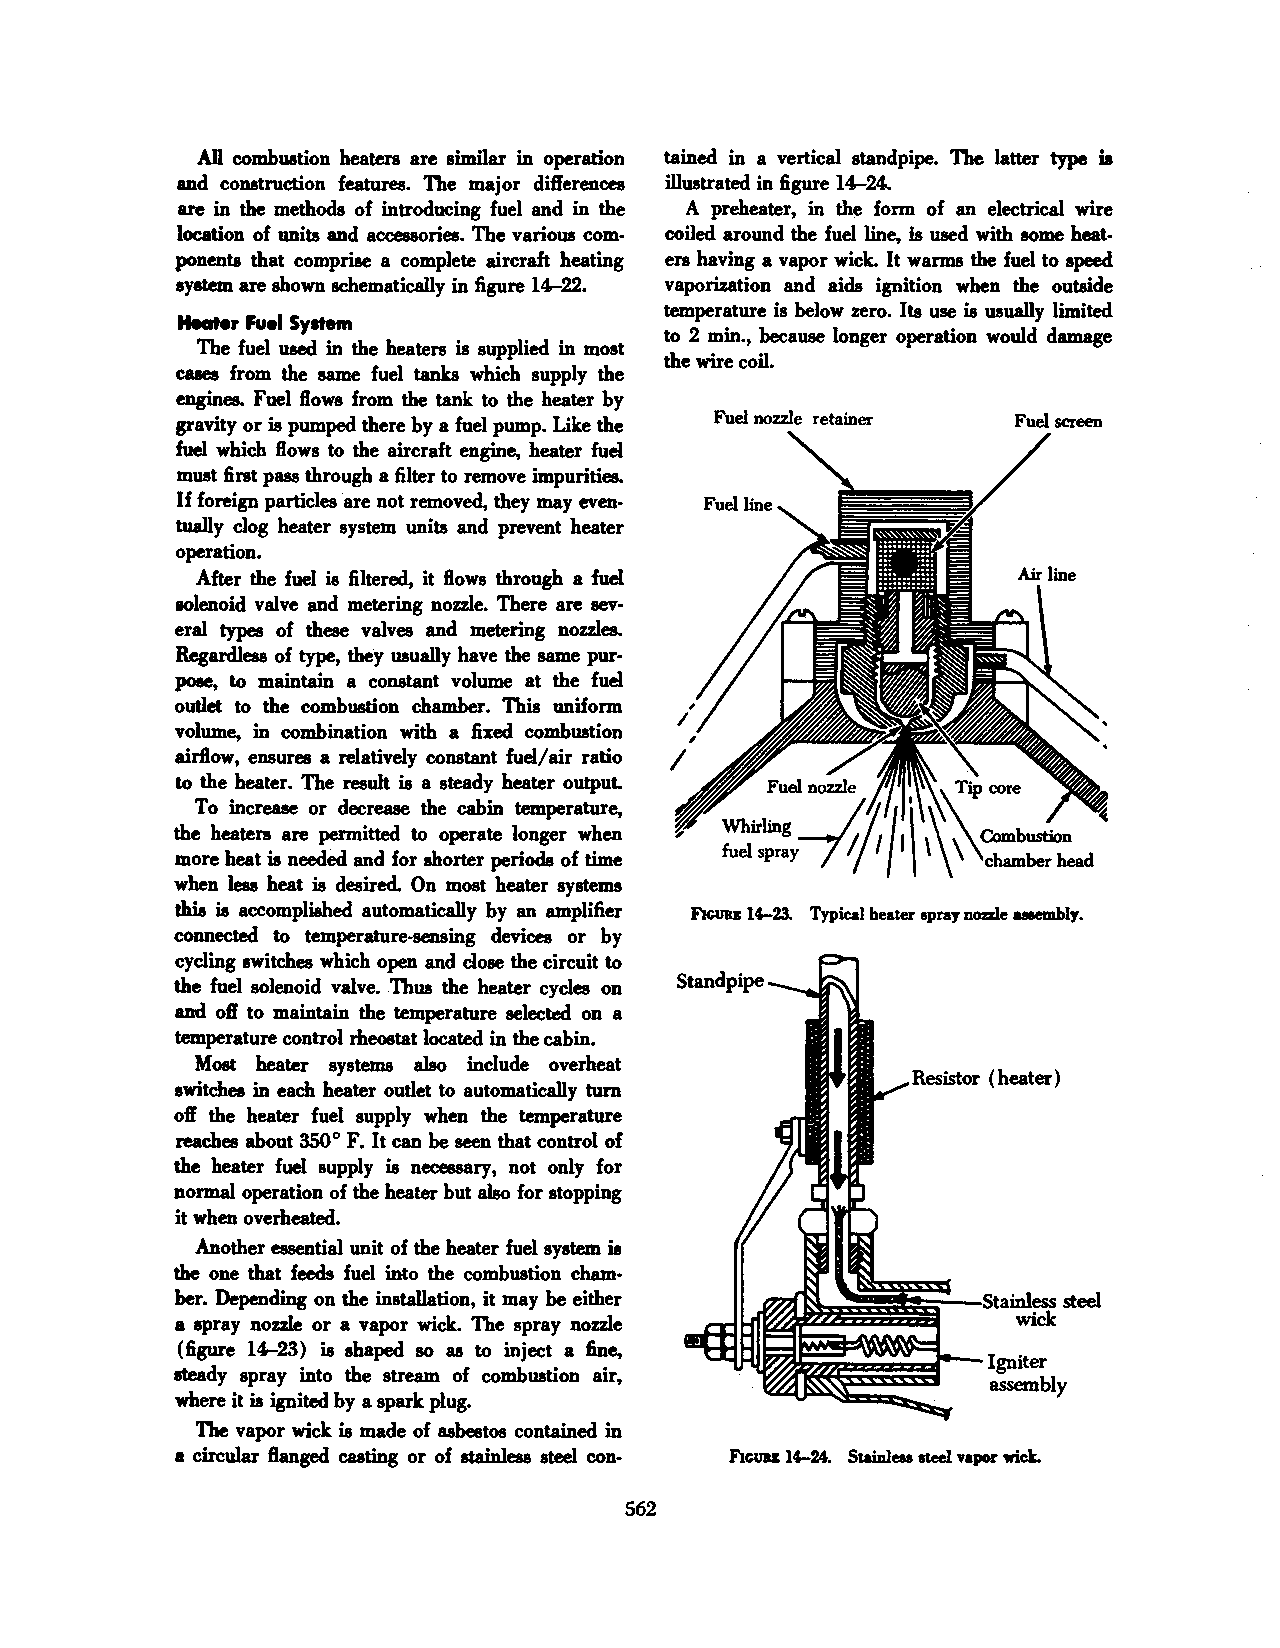
All combustion heaters are similar in operation tained in a vertical standpipe. The latter type is
 and construction features. The major differences illustrated in figure 14-24.
 are in the methods of introducing fuel and in the A preheater, in the form of an electrical wire
 location of units and accessories. The various com coiled around the fuel line, is used with some heat
 ponents that comprise a complete aircraft heating ers having a vapor wick. It warms the fuel to speed
 syatem are shown schematically in figure 14-22. vaporization and aids ignition when the outside
 temperature is below zero. Its use is usually limited
 Heater Fuel System
 to 2 min., because longer operation would damage
 The fuel used in the heaters is supplied in most
 the wire coil.
 cases from the same fuel tanks which supply the
 engines. Fuel flows from the tank to the heater by
 gravity or is pumped there by a fuel pump. Like the Fuel nozzle retainer Fuel screen
 fuel which flows to the aircraft engine, heater fuel
 must first pass through a filter to remove impurities.
 If foreign particles are not removed, they may even Fuel line
 tually clog heater system units and prevent heater
 operation.
 After the fuel is filtered, it flows through a fuel
 solenoid valve and metering nozzle. There are sev·
 eral types of these valves and metering nozzles.
 Regardless of type, they usually have the same pur·
 pose, to maintain a constant volume at the fuel
 outlet to the combustion chamber. This uniform
 volume, in combination with a fixed combustion
 airflow, ensures a relatively constant fuel/air ratio
 to the heater. The result is a steady heater outpuL
 To increase or decrease the cabin temperature,
 the heaters are permitted to operate longer when
 more heat is needed and for shorter periods of time
 when less heat is desired. On most heater systems
 this is accomplished automatically by an amplifier FJcURE 14-23. Typical heater spray nozzle ueembly.
 connected to temperature-sensing devices or by
 cycling switches which open and close the circuit to
 the fuel solenoid valve. Thus the heater cycles on
 and off to maintain the temperature select.,d on a
 temperature control rheostat located in the cabin.
 Most heater systems also include overheat
 Resistor ( heater)
 switches in each heater outlet to automatically turn
 off the heater fuel supply when the temperature
 reaches about 350° F. It can be seen that control of
 the heater fuel supply is necessary, not only for
 normal operation of the heater but also for stopping
 it when overheated.
 Another essential unit of the heater fuel system is
 the one that feeds fuel into the combustion cham·
 her. Depending on the installation, it may be either
 a spray nozzle or a vapor wick. The spray nozzle
 (figure 14-23) is shaped so as to inject a fine,
 steady spray into the stream of combustion air,
 where it is ignited by a spark plug.
 The vapor wick is made of asbestos contained in
 a circular flanged casting or of stainless steel con· FrcURE 14-24. Stainless steel vapor wick.
 562